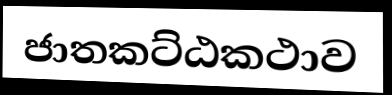
ජාතකට්ඨකථාව